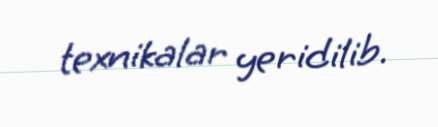
texnikalar yeridilib.